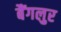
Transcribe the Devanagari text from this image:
बैंगलुर